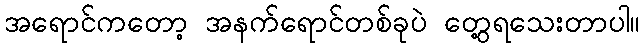
အရောင်ကတော့ အနက်ရောင်တစ်ခုပဲ တွေ့ရသေးတာပါ။